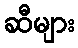
ဆီများ